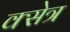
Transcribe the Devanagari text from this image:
क्सेत्र